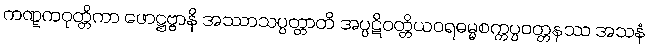
ကဏ္ဋကဝုတ္တိကာ ဖောဋ္ဌဗ္ဗာနိ အဿာသပ္ပတ္တာတိ အပ္ပဋိဝတ္တိယဝရဓမ္မစက္ကပ္ပဝတ္တနဿ အသနံ